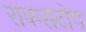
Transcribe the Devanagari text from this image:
राकसटोप